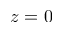
z = 0